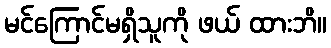
မင်ကြောင်မရှိသူကို ဖယ် ထားဘိ။